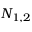
N _ { 1 , 2 }